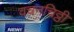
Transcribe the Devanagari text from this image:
वचनचिठ्ठी